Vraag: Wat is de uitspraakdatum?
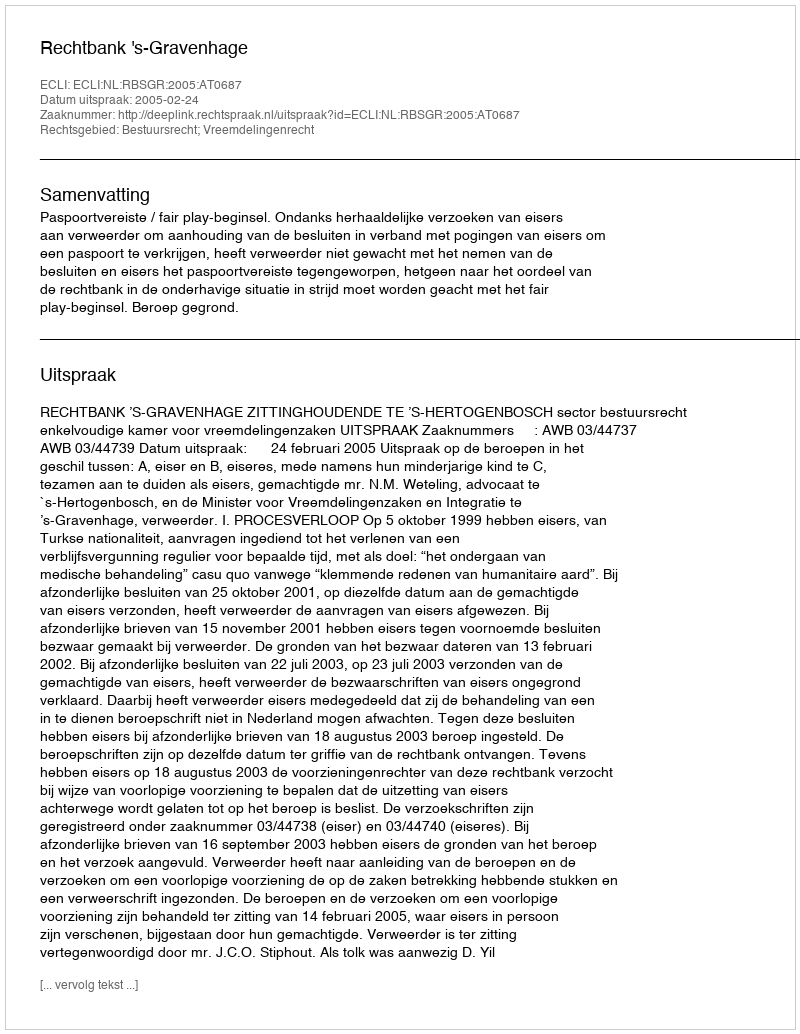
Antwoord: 2005-02-24